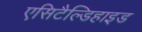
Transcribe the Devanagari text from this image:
एसिटैल्डिहाइड